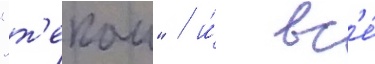
"т'екаи" / и́ вс'е́